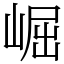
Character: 崛